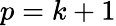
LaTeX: p=k+1